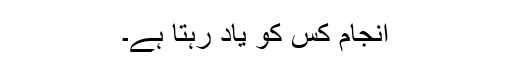
انجام کس کو یاد رہتا ہے۔